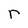
Character: r